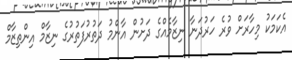
އެކަމަކު މިހާރަށް ވުރެ ހަރުދަނާ ނިޒާމެއްގެ ދަށުން އާންމު ދަތުރުފަތުރުގެ ނިޒާމް އިންތިޒާމް